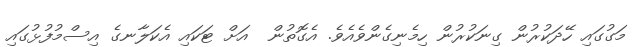
މަގުގައި ހޭދަކުރުން ގިނަކުރުން ހިމެނިގެންވެއެވެ. އެގޮތުން  އަށް ޓަކައި އެކަލާނގެ އިސްމުފުޅުގައި